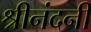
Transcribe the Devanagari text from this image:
श्रीनंदनी